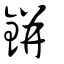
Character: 鉼